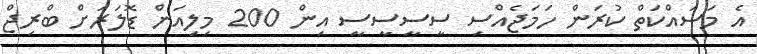
އެ މަސައްކަތް ކުރަން ހަމަޖެއްސި ސީސީސީސީ އިން 200 މިލިއަން ޑޮލަރަށް ބްރިޖް